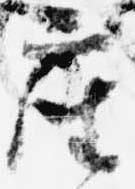
座